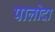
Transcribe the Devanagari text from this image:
पालोदा